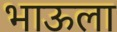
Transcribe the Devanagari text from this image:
भाऊला